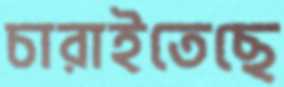
চারাইতেছে